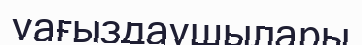
уағыздаушылары